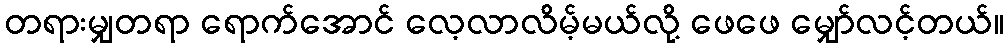
တရားမျှတရာ ရောက်အောင် လေ့လာလိမ့်မယ်လို့ ဖေဖေ မျှော်လင့်တယ်။